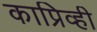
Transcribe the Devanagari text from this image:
काप्रिव्ही